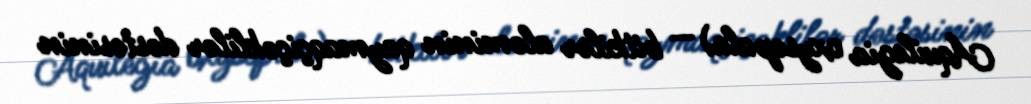
Aquilegia oxysepala) — bitkilər aləminin qaymaqçiçəklilər dəstəsinin